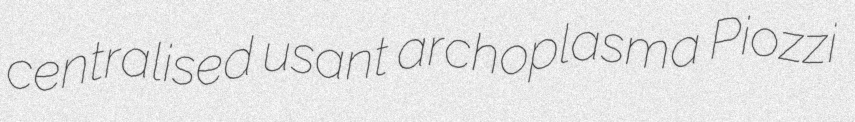
centralised usant archoplasma Piozzi